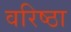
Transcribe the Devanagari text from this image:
वरिष्ठा